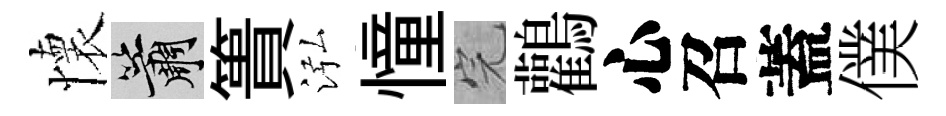
懷簫簣泓憧完鸛心召蓋僕